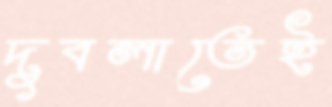
দুবলাতেই